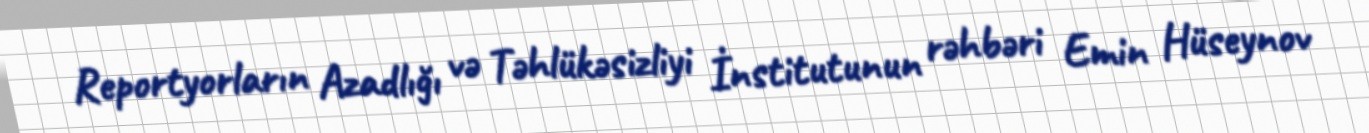
Reportyorların Azadlığı və Təhlükəsizliyi İnstitutunun rəhbəri Emin Hüseynov